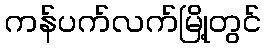
ကန်ပက်လက်မြို့တွင်